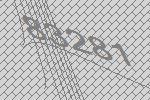
83281